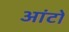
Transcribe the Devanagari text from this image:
आंटों